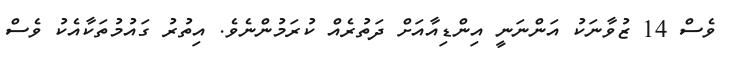
ވެސް 14 ޒުވާނަކު އަންނަނީ އިންޑިއާއަށް ދަތުރެއް ކުރަމުންނެވެ. އިތުރު ގައުމުތަކާއެކު ވެސް